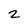
Character: 2